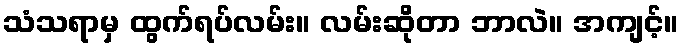
သံသရာမှ ထွက်ရပ်လမ်း။ လမ်းဆိုတာ ဘာလဲ။ အကျင့်။